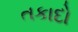
તકાદો